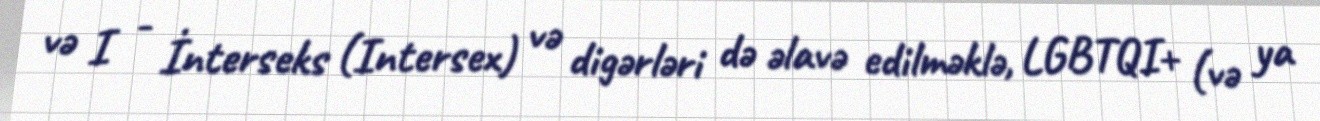
və I - İnterseks (Intersex) və digərləri də əlavə edilməklə, LGBTQI+ (və ya